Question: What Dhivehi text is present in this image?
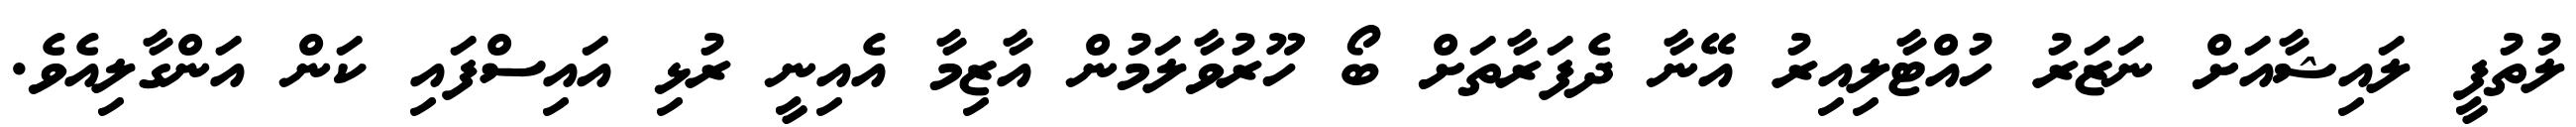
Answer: ލުތުފީ ލައިޝާއަށް ނަޒަރު ހުއްޓާލިއިރު އޭނާ ދެފަރާތަށް ބޯ ހޫރުވާލަމުން އާޒިމާ އެއިނީ ރުޅި އައިސްފައި ކަން އަންގާލިއެވެ.